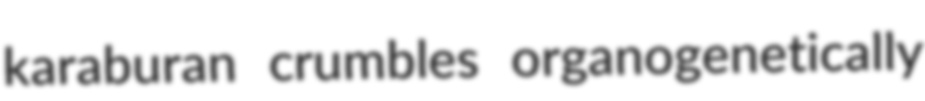
karaburan crumbles organogenetically